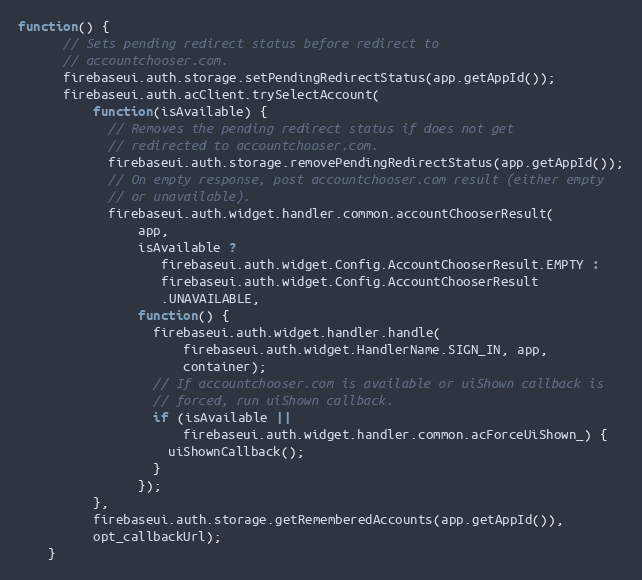
Language: JavaScript
function() {
      // Sets pending redirect status before redirect to
      // accountchooser.com.
      firebaseui.auth.storage.setPendingRedirectStatus(app.getAppId());
      firebaseui.auth.acClient.trySelectAccount(
          function(isAvailable) {
            // Removes the pending redirect status if does not get
            // redirected to accountchooser.com.
            firebaseui.auth.storage.removePendingRedirectStatus(app.getAppId());
            // On empty response, post accountchooser.com result (either empty
            // or unavailable).
            firebaseui.auth.widget.handler.common.accountChooserResult(
                app,
                isAvailable ?
                   firebaseui.auth.widget.Config.AccountChooserResult.EMPTY :
                   firebaseui.auth.widget.Config.AccountChooserResult
                   .UNAVAILABLE,
                function() {
                  firebaseui.auth.widget.handler.handle(
                      firebaseui.auth.widget.HandlerName.SIGN_IN, app,
                      container);
                  // If accountchooser.com is available or uiShown callback is
                  // forced, run uiShown callback.
                  if (isAvailable ||
                      firebaseui.auth.widget.handler.common.acForceUiShown_) {
                    uiShownCallback();
                  }
                });
          },
          firebaseui.auth.storage.getRememberedAccounts(app.getAppId()),
          opt_callbackUrl);
    }